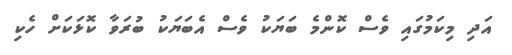
އަދި މިކަމުގައި ވެސް ކޮންމެ ބަޔަކު ވެސް އެބަޔަކު ބުރަވާ ކޮޅަކަށް ހެކި